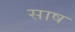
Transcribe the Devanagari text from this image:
साष